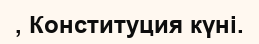
, Конституция күні.